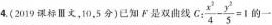
4.(2019课标Ⅲ文，10，5分)已知F是双曲线 $$C: \frac{x^{2}}{4}- \frac{y^{2}}{5}=1$$ 的一